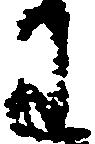
わ